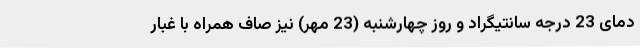
دمای 23 درجه سانتیگراد و روز چهارشنبه (23 مهر) نیز صاف همراه با غبار